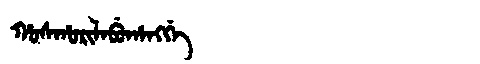
Manchu: ᡥᠣᠰᡥᠣᡵᡳᠯᠠᠪᡠᡥᠠᠩᡤᡝ
Romanization: HOSHORILABUHANGGE